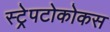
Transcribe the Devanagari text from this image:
स्ट्रेपटोकोकस